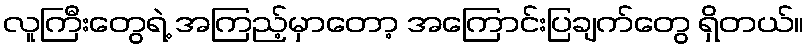
လူကြီးတွေရဲ့ အကြည့်မှာတော့ အကြောင်းပြချက်တွေ ရှိတယ်။